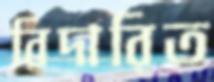
বিদারিত